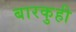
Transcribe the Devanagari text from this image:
बारकुही